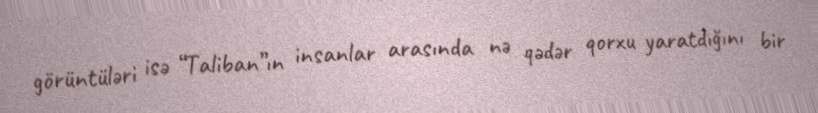
görüntüləri isə “Taliban”ın insanlar arasında nə qədər qorxu yaratdığını bir